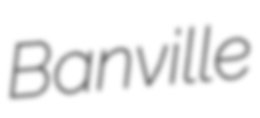
Banville